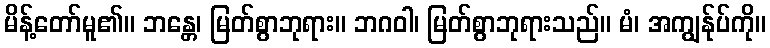
မိန့်တော်မူ၏။ ဘန္တေ၊ မြတ်စွာဘုရား။ ဘဂဝါ၊ မြတ်စွာဘုရားသည်။ မံ၊ အကျွန်ုပ်ကို။